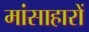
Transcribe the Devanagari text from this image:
मांसाहारों